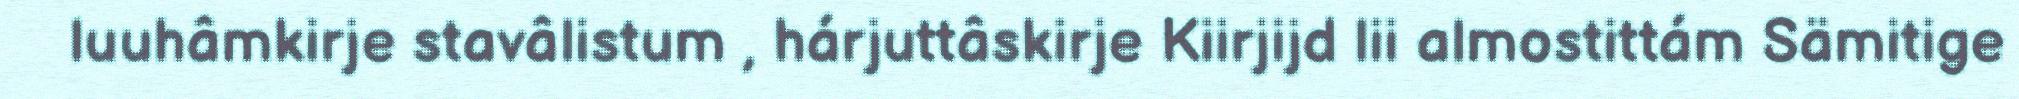
luuhâmkirje stavâlistum , hárjuttâskirje Kiirjijd lii almostittám Sämitige